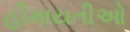
હીમાયતીઓ